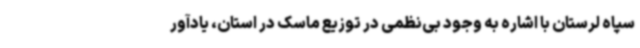
سپاه لرستان با اشاره به وجود بی‌نظمی در توزیع ماسک‌ در استان، یادآور